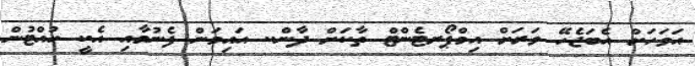
އަވަހަށް އެބަޖެހޭ ވަރަށް އިމްޕޯރޓެންޓް ތާކަށް ދާން.. އައިމަން ފެނުމާއި އެކީ ހުއްޓުން